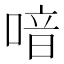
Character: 喑